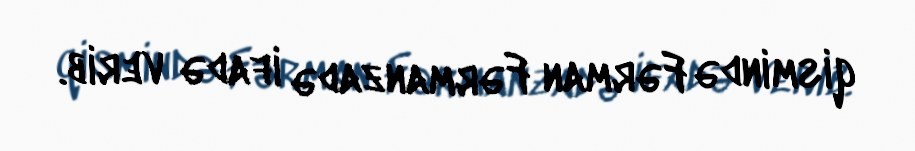
qismində Fərman Fərmanzadə ifadə verib.